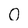
Character: 0